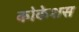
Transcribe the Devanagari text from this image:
कोकेशस